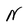
Character: N